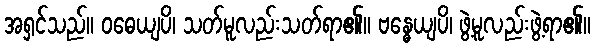
အရှင်သည်။ ဝဓေယျပိ၊ သတ်မူလည်းသတ်ရာ၏။ ဗန္ဓေယျပိ၊ ဖွဲ့မူလည်းဖွဲ့ရာ၏။